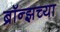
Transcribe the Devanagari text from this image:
ब्रॉन्झच्या